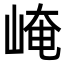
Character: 崦